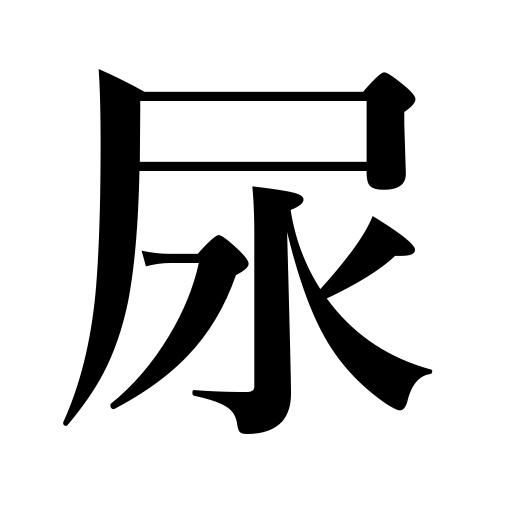
Meanings: urine